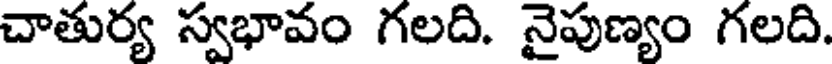
చాతుర్య స్వభావం గలది. నైపుణ్యం గలది.